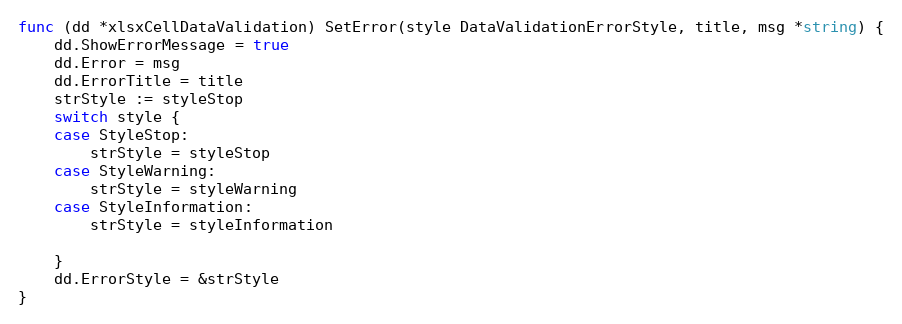
Language: Go
func (dd *xlsxCellDataValidation) SetError(style DataValidationErrorStyle, title, msg *string) {
	dd.ShowErrorMessage = true
	dd.Error = msg
	dd.ErrorTitle = title
	strStyle := styleStop
	switch style {
	case StyleStop:
		strStyle = styleStop
	case StyleWarning:
		strStyle = styleWarning
	case StyleInformation:
		strStyle = styleInformation

	}
	dd.ErrorStyle = &strStyle
}